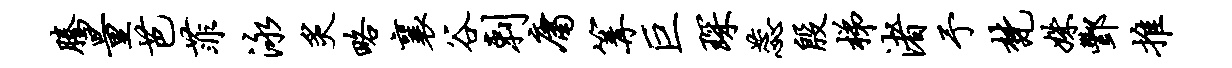
腾量芭菲泳炙略襄谷剌庸篝巨琛蕊殷梯渚予梵姝酆推